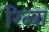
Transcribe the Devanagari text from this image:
रिब्बा